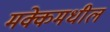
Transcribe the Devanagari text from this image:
मक्केमधील